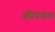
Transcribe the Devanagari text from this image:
अप्रिसंस्थेच्या